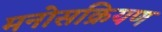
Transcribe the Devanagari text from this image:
मनोसक्रियण